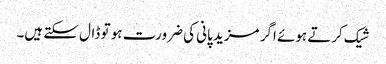
شیک کرتے ہوئے اگر مزید پانی کی ضرورت ہو تو ڈال سکتے ہیں۔